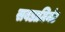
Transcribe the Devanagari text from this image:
सबडामिनंट